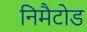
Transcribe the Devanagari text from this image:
निमैटोड